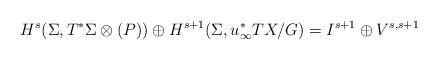
LaTeX: \begin{align*} H^s(\Sigma, T^*\Sigma \otimes (P)) \oplus H^{s+1}(\Sigma, u_{\infty}^* TX/G) = I^{s+1} \oplus V^{s,{s+1}} \end{align*}